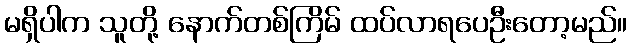
မရှိပါက သူတို့ နောက်တစ်ကြိမ် ထပ်လာရပေဦးတော့မည်။